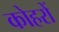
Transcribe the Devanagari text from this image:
कोहरों